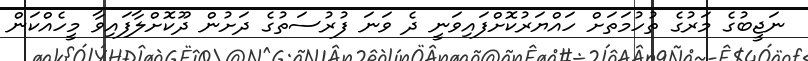
ނަޖީބުގެ މަރުގެ ތުހުމަތަށް ހައްޔަރުކޮށްފައިވަނީ ދެ ވަނަ ފުރުސަތުގެ ދަށުން ދޫކޮށްލާފައިވާ މީހެއްކަން